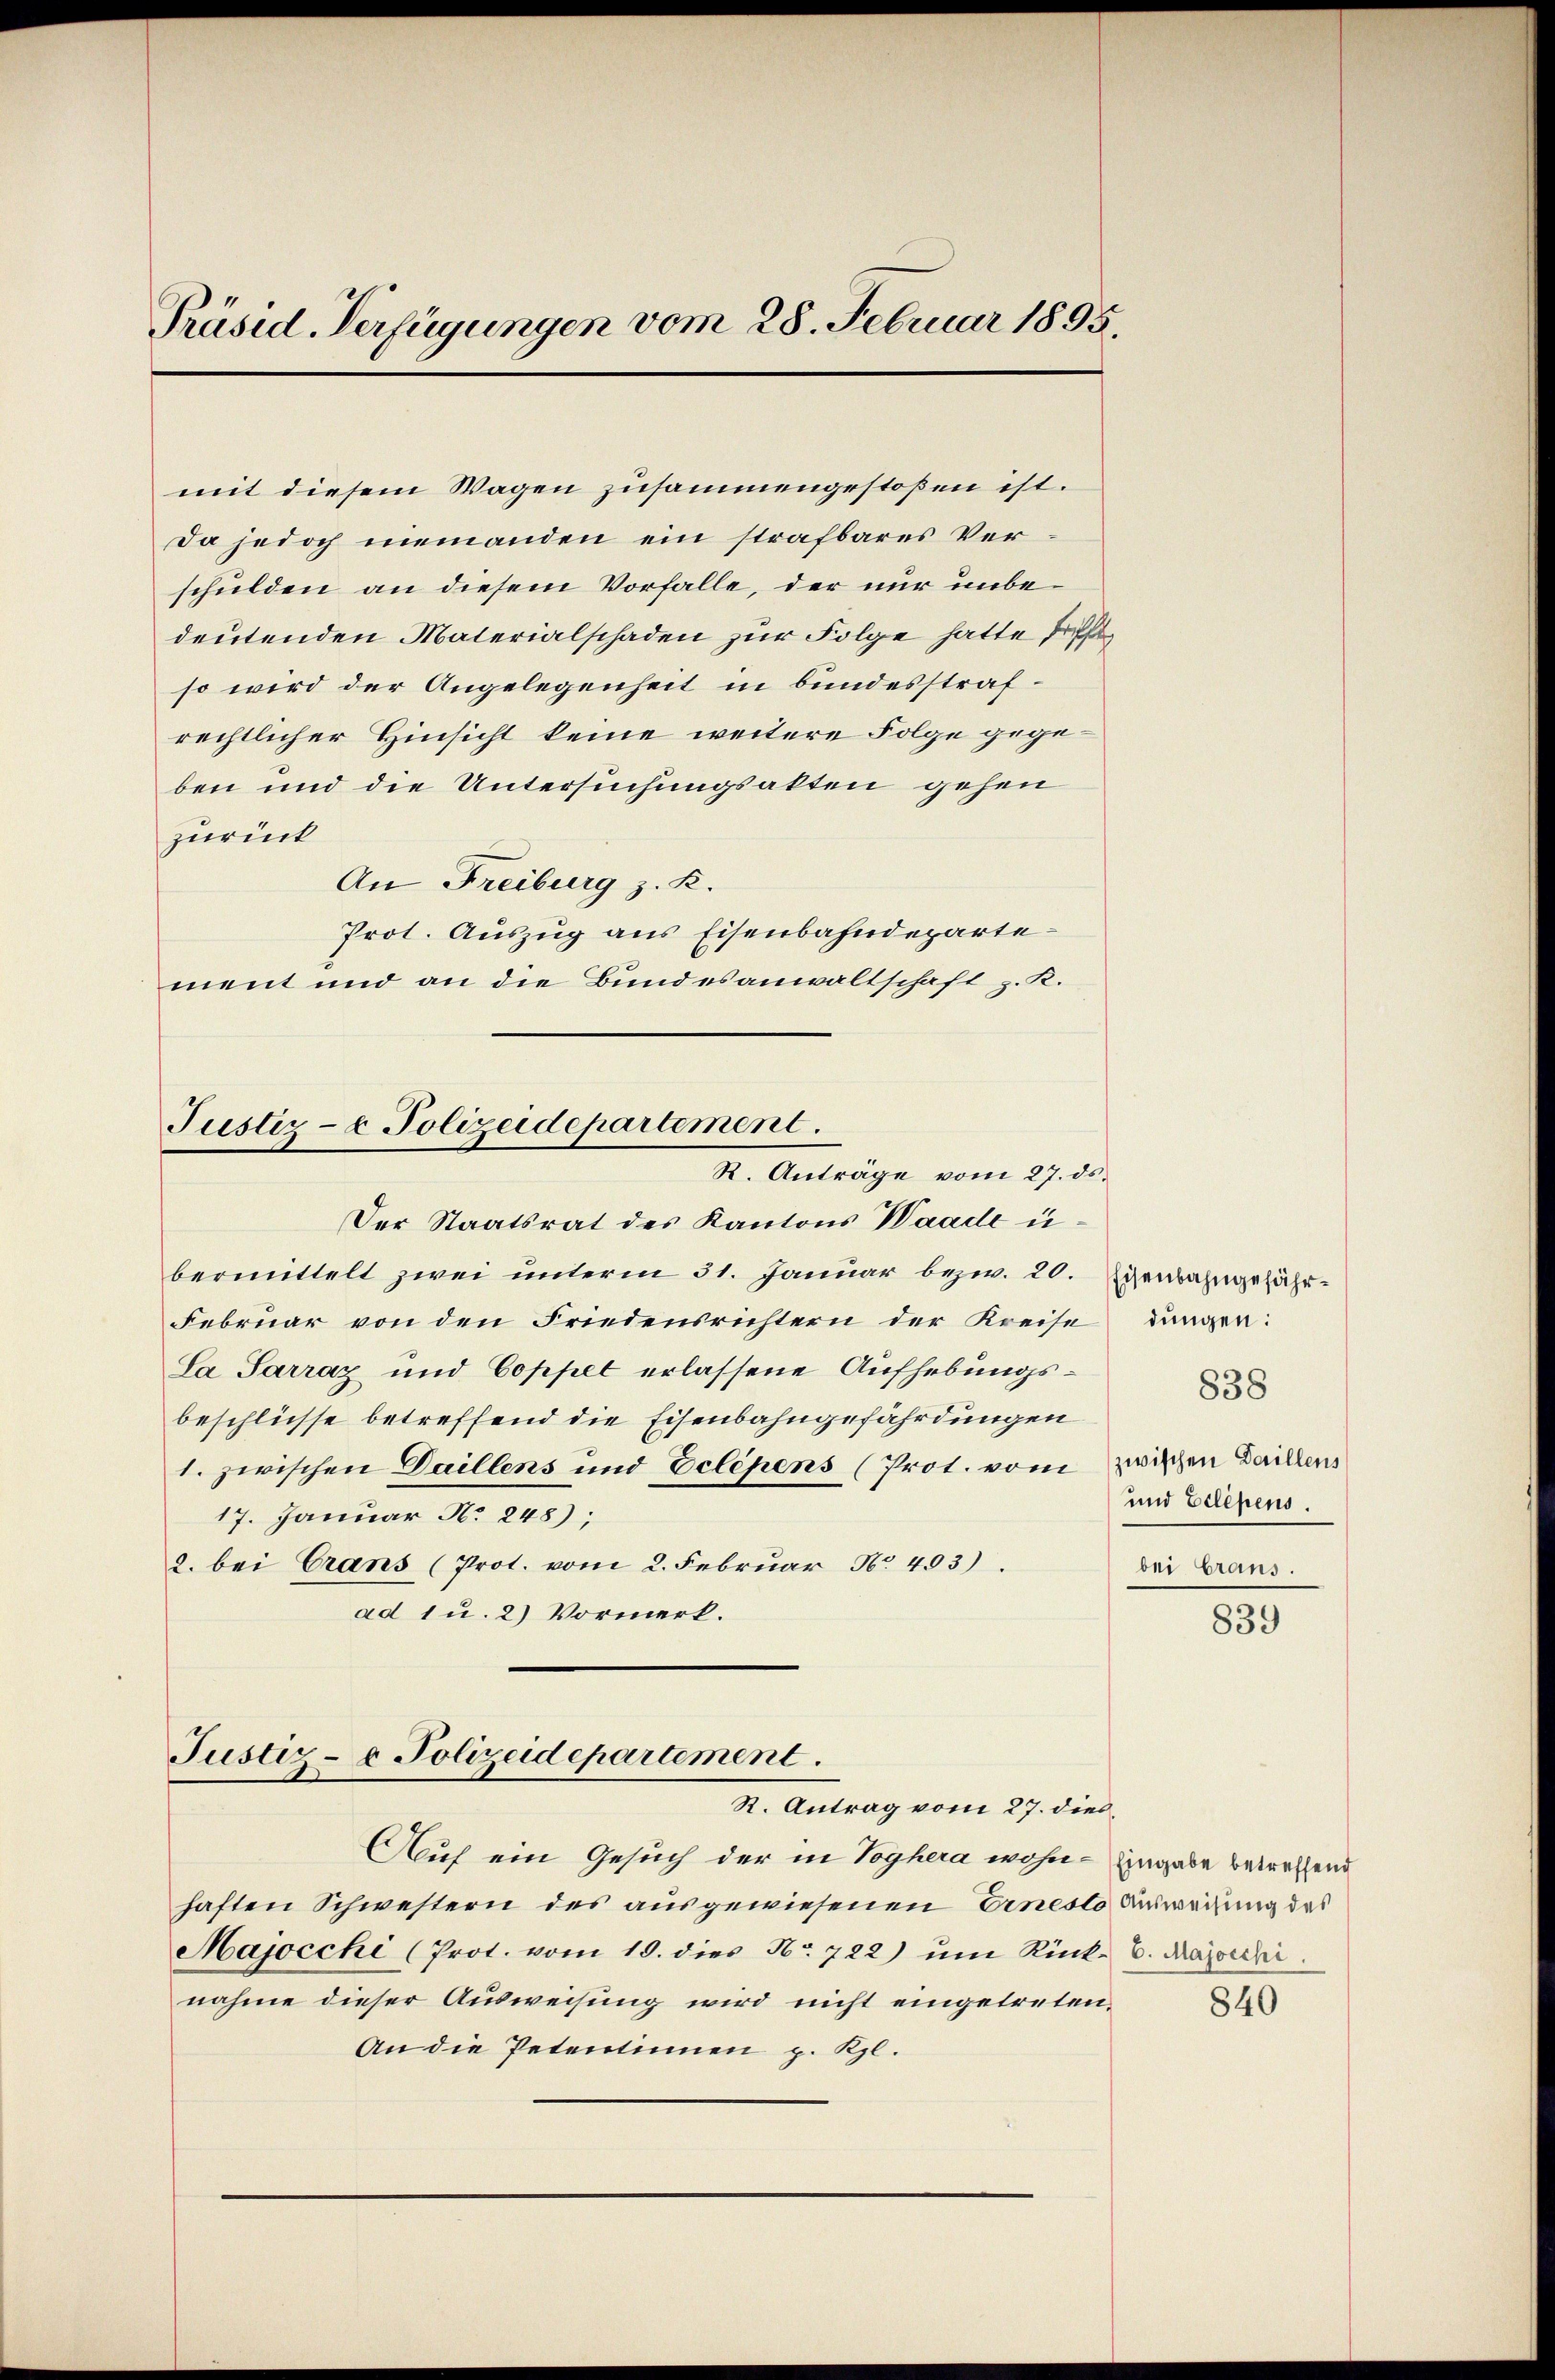
Präsid. Verfügungen vom 28. Februar 1895.

mit diesem Wagen zusammengestoßen ist.
Da jedoch niemanden ein strafbares Verschulden an diesem Vorfalle, der nur unbedeutenden Materialschaden zur Folge hatte triffsso wird der Angelegenheit in bundesstrafrechtlicher Hinsicht keine weitere Folge gegeben und die Untersuchungsakten gehen
zurück
An Freiburg z. K.
Prot. Auszug aus Eisenbahndeparte
ment und an die Bundesanwaltschaft z. K.

Justiz- & Polizeidepartement.
R. Anträge vom 27. ds.

Der Staatsrat des Kantons Waade u.
bermittelt zwei unterm 31. Januar bezw. 20.
Februar von den Friedensrichtern der Kreise dungen:
La Sarraz und Coppel erlassene Aufhebungsbeschlüsse betreffend die Eisenbahngefährdungen
1. zwischen Daillens und Eclépens (Prot. vom zwischen Gaillens
17. Januar No 248;
2. bei Crans (Prot. vom 2. Februar No. 493).
ad 1 u. 2) Vormerk.

Justiz- & Polizeidepartement.
R. Antrag vom 27. dies
Auf ein Gesuch der in Voghera wohn- Eingabe betreffend

haften Schwestern des ausgewiesenen Ernesto Ausweisung des
Majocchi (Prot. vom 19. dies No 722) ŭm Rück- u. Majordi
nahme dieser Ausweisung wird nicht eingetreten¬
An die Petentinnen p. Kl.

Eisenbahngefähr¬
und Belegens.
bei Graus.

838

839

840